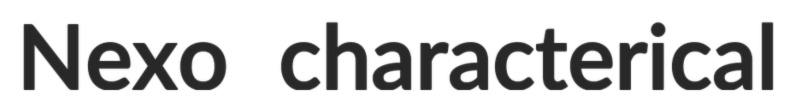
Nexo characterical